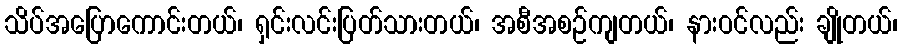
သိပ်အပြောကောင်းတယ်၊ ရှင်းလင်းပြတ်သားတယ်၊ အစီအစဉ်ကျတယ်၊ နားဝင်လည်း ချိုတယ်၊